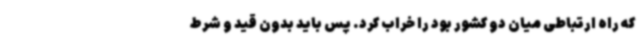
که راه ارتباطی میان دو کشور بود را خراب کرد. پس باید بدون قید و شرط